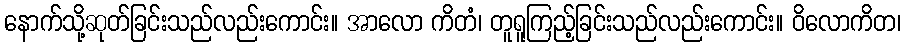
နောက်သို့ဆုတ်ခြင်းသည်လည်းကောင်း။ အာလော ကိတံ၊ တူရူကြည့်ခြင်းသည်လည်းကောင်း။ ဝိလောကိတ၊